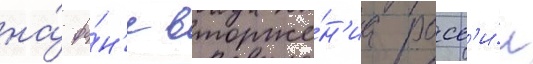
на́ фо́н'е вторже́н'иа росс'и́и